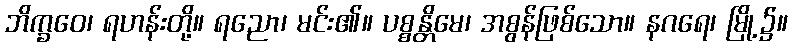
ဘိက္ခဝေ၊ ရဟန်းတို့။ ရညော၊ မင်း၏။ ပစ္စန္တိမေ၊ အစွန်ဖြစ်သော။ နဂရေ၊ မြို့၌။